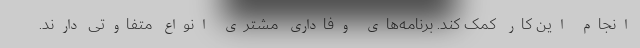
انجام این کار کمک کند. برنامه‌های وفاداری مشتری انواع متفاوتی دارند.